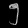
Digit: ၅